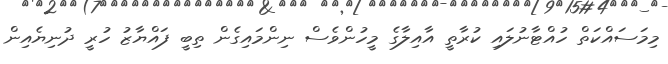
މިމަސައްކަތް ހުއްޓާނުލައި ކުރާތީ އާއިލާގެ މީހުންވެސް ނިންމައިގެން ތިބީ ފައްޔާޒު ހުރީ ދުނިޔެއިން